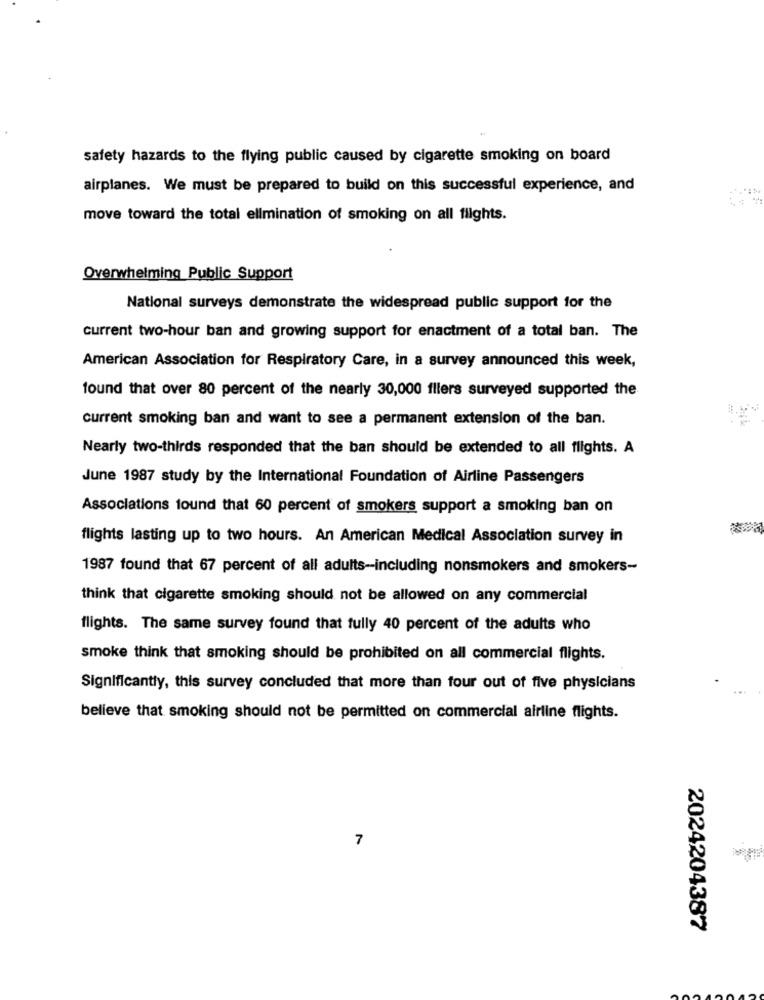
safety hazards to the flying public caused by cigarette smoking on board
airplanes. We must be prepared to build on this successful experience, and
move toward the total elimination of smoking on all flights.
Overwhelming Public Support
National surveys demonstrate the widespread public support for the
current two-hour ban and growing support for enactment of a total ban. The
American Association for Respiratory Care, in a survey announced this week,
found that over 80 percent of the nearly 30,000 fllers surveyed supported the
current smoking ban and want to see a permanent extension of the ban.
Nearly two-thirds responded that the ban should be extended to all flights. A
June 1987 study by the International Foundation of Airline Passengers
Associations found that 60 percent of smokers support a smoking ban on
flights lasting up to two hours. An American Medical Association survey in
1987 found that 67 percent of all adults-including nonsmokers and smokers-
think that cigarette smoking should not be allowed on any commercial
flights. The same survey found that fully 40 percent of the adults who
smoke think that smoking should be prohibited on all commercial flights.
Significantly, this survey concluded that more than four out of five physicians
believe that smoking should not be permitted on commercial airline flights.
7
2024204387